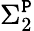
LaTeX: \Sigma_{2}^{\mathtt{P}}